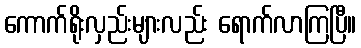
ကောက်ရိုးလှည်းများလည်း ရောက်လာကြပြီ။